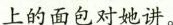
上的面包对她讲。